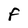
Character: F